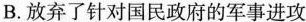
B.放弃了针对国民政府的军事进攻